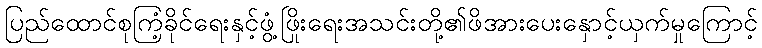
ပြည်ထောင်စုကြံ့ခိုင်ရေးနှင့်ဖွံ့ဖြိုးရေးအသင်းတို့၏ဖိအားပေးနှောင့်ယှက်မှုကြောင့်